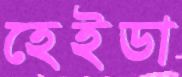
হেইডা